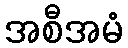
အစီအမံ